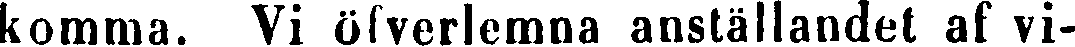
komma. Vi öfverlemna anställandet af vi-